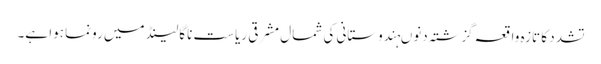
تشدد کا تازہ واقعہ گزشتہ دنوںہندوستانی کی شمال مشرقی ریاست ناگالینڈ میں رونما ہوا ہے۔